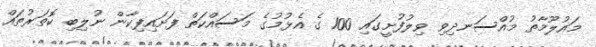
މައުލޫމާތު މުއްސަނދިވި ވިލުފުށީގައި 100 ގެ އެޅުމުގެ މަސައްކަތް ފަށައިފިކާން ނުލިބި ކޮތަރުތައް